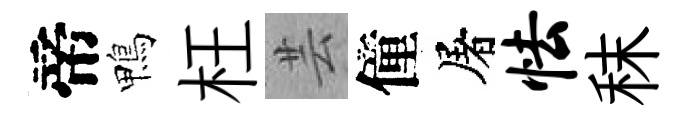
帝鴨枉芸僮屠怯秣